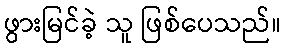
ဖွားမြင်ခဲ့ သူ ဖြစ်ပေသည်။